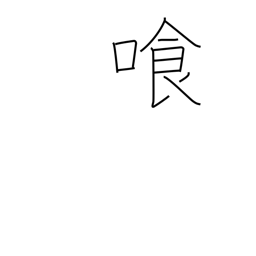
Meaning: drink